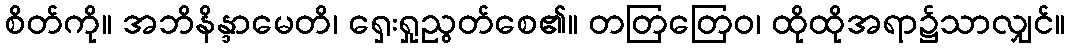
စိတ်ကို။ အဘိနိန္ဒာမေတိ၊ ရှေးရှုညွတ်စေ၏။ တတြတြေဝ၊ ထိုထိုအရာ၌သာလျှင်။